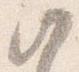
候